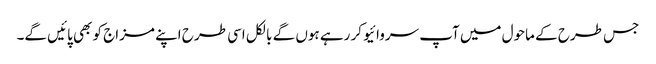
جس طرح کے ماحول میں آپ سروائیو کر رہے ہوں گے بالکل اسی طرح اپنے مزاج کو بھی پائیں گے۔